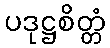
ပဒုဋ္ဌစိတ္တံ